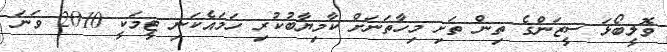
ވޮލީބޯޅަ ސީޒަންގެ ތިން ތަށި މިހާތަނަށް ކާމިޔާބުކުރި ހަމައެކަނި ޓީމަކީ 2010 ވަނަ